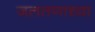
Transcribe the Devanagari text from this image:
जलतणाच्या